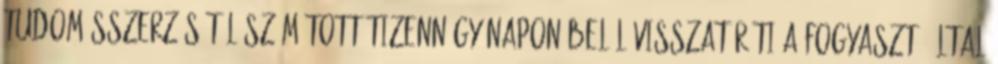
tudomásszerzésétől számított tizennégy napon belül visszatéríti a fogyasztó által